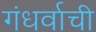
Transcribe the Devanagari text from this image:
गंधर्वाची